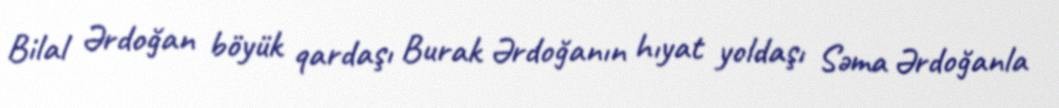
Bilal Ərdoğan böyük qardaşı Burak Ərdoğanın hıyat yoldaşı Səma Ərdoğanla